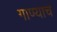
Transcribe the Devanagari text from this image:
गाण्याचं